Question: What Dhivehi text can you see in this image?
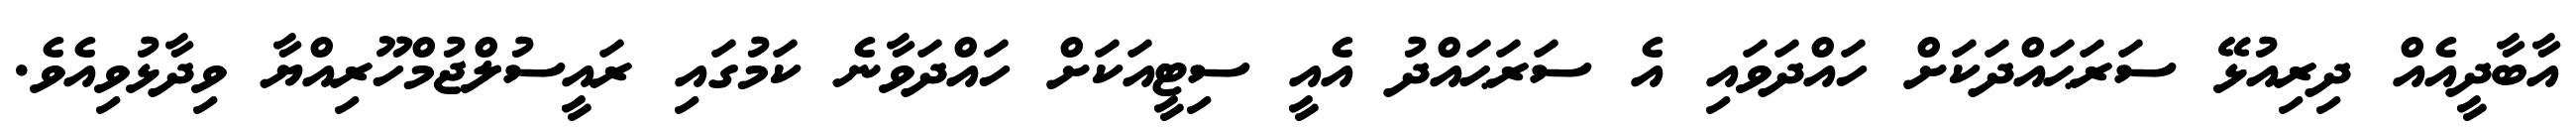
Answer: އާބާދީއެއް ދިރިއުޅޭ ސަރަޙައްދަކަށް ހައްދަވައި އެ ސަރަޙައްދު އެއީ ސިޓީއަކަށް ހައްދަވާނެ ކަމުގައި ރައީސުލްޖުމްހޫރިއްޔާ ވިދާޅުވިއެވެ.